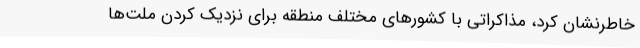
خاطرنشان کرد، مذاکراتی با کشورهای مختلف منطقه برای نزدیک کردن ملت‌ها